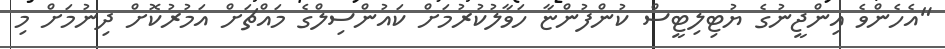
"އެހެންވެ އިންޖީނުގެ ޔުޓިލިޓީސް ކުންފުންޏާ ހަވާލުކުރުމަށް ކައުންސިލްގެ މައްޗަށް އަމުރުކޮށް ދިނުމަށް މި